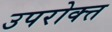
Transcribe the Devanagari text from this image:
उपरोक्त्त